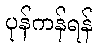
ပုန်ကန်ရန်